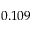
0 . 1 0 9